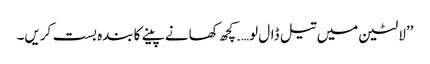
’’لالٹین میں تیل ڈال لو….کچھ کھانے پینے کابندہ بست کریں۔